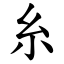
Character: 糸